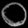
Digit: ၀